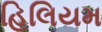
હિલિયમ